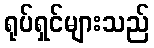
ရုပ်ရှင်များသည်